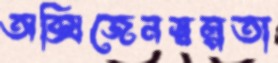
অক্সিজেনস্বল্পতা